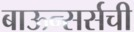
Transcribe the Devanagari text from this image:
बाऊन्सर्सची